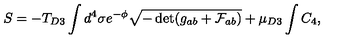
S = - T _ { D 3 } \int d ^ { 4 } \sigma e ^ { - \phi } \sqrt { - \det ( g _ { a b } + \mathcal { F } _ { a b } ) } + \mu _ { D 3 } \int C _ { 4 } ,